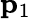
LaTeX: \mathbf{p}_{1}